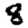
Digit: 8